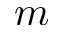
m